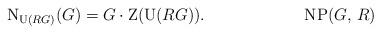
LaTeX: \begin{align*} \textup{N}_{\textup{U}(RG)}(G) = G \cdot \textup{Z}(\textup{U}(RG)). \tag*{NP($G$, $R$)} \end{align*}